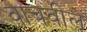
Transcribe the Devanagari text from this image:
वाचवीले